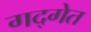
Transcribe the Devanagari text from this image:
गद्गेत